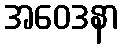
အဝေဒနာ